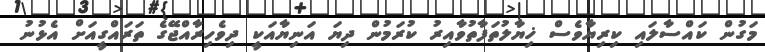
މަގުން ކައްސާލައި ކިރިޔާވެސް ޚިޔާލުތަފާތުވާއިރު ކުރަމުން ދިޔަ އަނިޔާއަކީ ދިވެހިރާއްޖޭގެ ތަރައްގީއަށް އެޅުނު